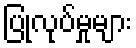
ပြုလုပ်မှုများ